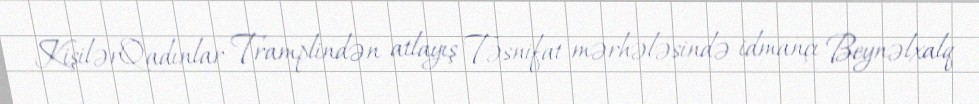
KişilərQadınlar Tramplindən atlayış Təsnifat mərhələsində idmançı Beynəlxalq